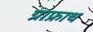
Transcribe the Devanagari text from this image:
ग्राफ्राथ